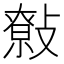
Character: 𢿞